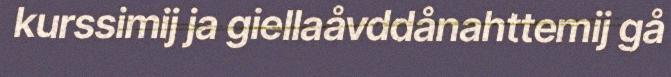
kurssimij ja giellaåvddånahttemij gå